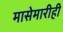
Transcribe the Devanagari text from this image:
मासेमारीही